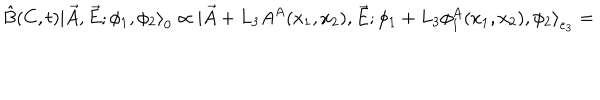
\hat { B } ( C , t ) | \vec { A } , \vec { E } ; \phi _ { 1 } , \phi _ { 2 } { \rangle } _ { 0 } \propto | \vec { A } + L _ { 3 } A ^ { A } ( x _ { 1 } , x _ { 2 } ) , \vec { E } ; \phi _ { 1 } + L _ { 3 } \phi _ { 1 } ^ { A } ( x _ { 1 } , x _ { 2 } ) , \phi _ { 2 } { \rangle } _ { e _ { 3 } } =